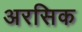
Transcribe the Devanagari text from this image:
अरसिक